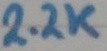
Text: 2.2K